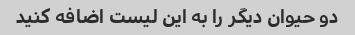
دو حیوان دیگر را به این لیست اضافه کنید